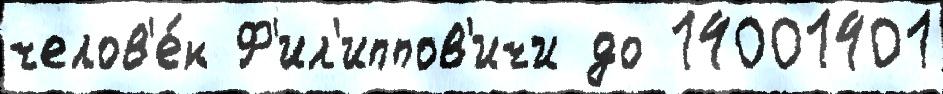
челов'е́к Ф'ил'иппов'ичи до 14001401